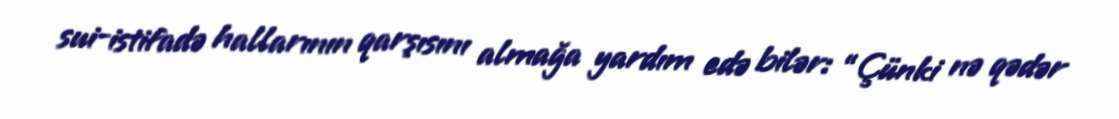
sui-istifadə hallarının qarşısını almağa yardım edə bilər: “Çünki nə qədər